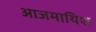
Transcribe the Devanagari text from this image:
आजमायिश